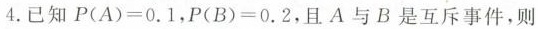
4.已知P(A)=0.1,P(B)=0.2,且A与B是互斥事件,则